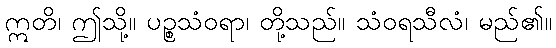
ဣတိ၊ ဤသို့။ ပဉ္စသံဝရာ၊ တို့သည်။ သံဝရသီလံ၊ မည်၏။